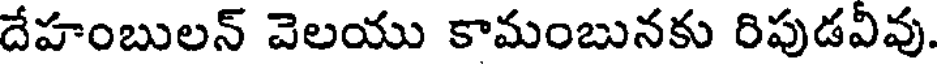
దేహంబులన్ వెలయు కామంబునకు రిపుడవివు.